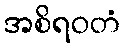
အစိရဝတံ